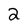
Character: 2